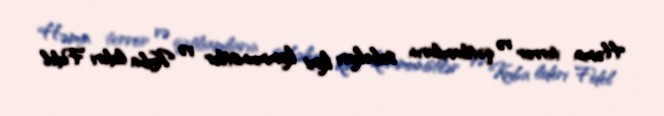
Həmin terror və qətliamların səbəkarı kimi kommunistlər və Kuba lideri Fidel